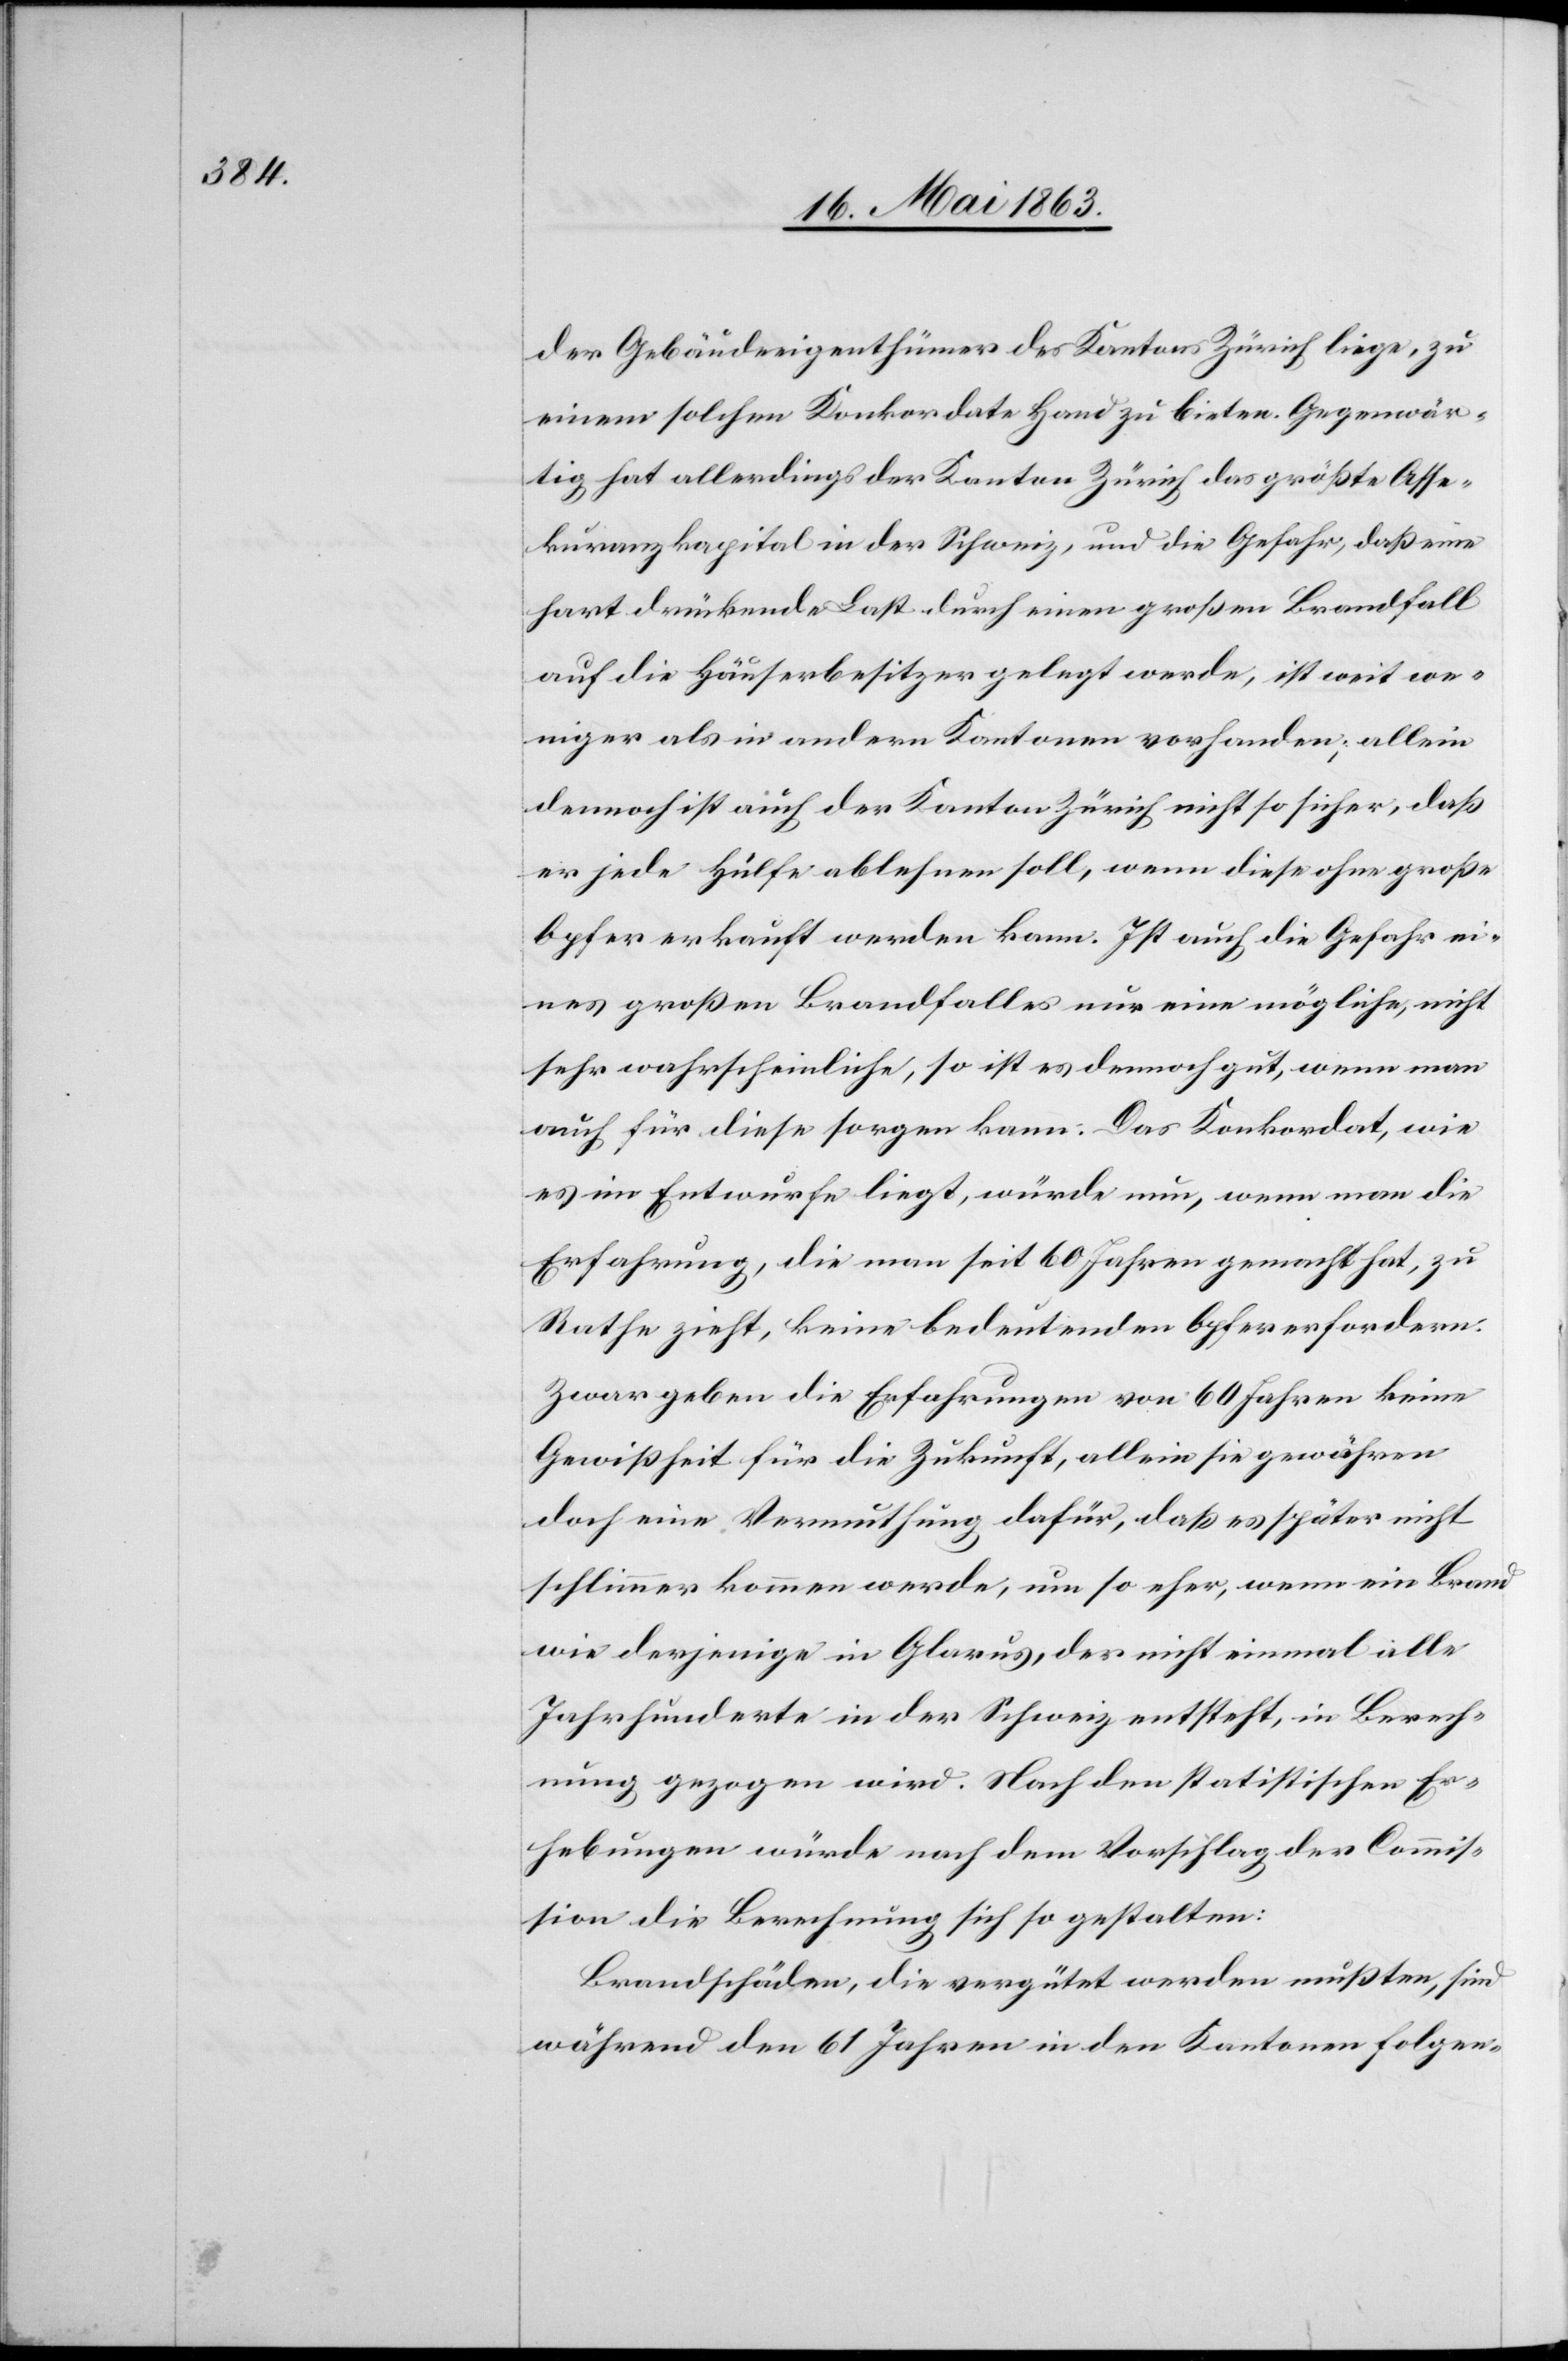
der Gebäudeeigenthümer des Kantons Zürich liege, zu
einem solchen Konkordate Hand zu bieten. Gegenwär¬
tig hat allerdings der Kanton Zürich das größte Asse¬
kuranzkapital in der Schweiz, und die Gefahr, daß eine
hart drückende Last durch einen großen Brandfall
auf die Häuserbesitzer gelegt werde, ist weit we¬
niger als in andern Kantonen vorhanden; allein
dennoch ist auch der Kanton Zürich nicht so sicher, daß
er jede Hülfe ablehnen soll, wenn diese ohne große
Opfer erkauft werden kann. Ist auch die Gefahr ei¬
nes großen Brandfalles nur eine mögliche, nicht
sehr wahrscheinliche, so ist es dennoch gut, wenn man
auch für diese sorgen kann. Das Konkordat, wie
es im Entwurfe liegt, würde nun, wenn man die
Erfahrung, die man seit 60 Jahren gemacht hat, zu
Rathe zieht, keine bedeutenden Opfer erfordern.
Zwar geben die Erfahrungen von 60 Jahren keine
Gewißheit für die Zukunft, allein sie gewähren
doch eine Vermuthung dafür, daß es später nicht
schlimmer kommen werde, um so eher, wenn ein Brand
wie derjenige in Glarus, der nicht einmal alle
Jahrhunderte in der Schweiz entsteht, in Berech¬
nung gezogen wird. Nach den statistischen Er¬
hebungen würde nach dem Vorschlag der Commis¬
sion die Berechnung sich so gestalten:
Brandschäden, die vergütet werden mußten, sind
während den 61 Jahren in den Kantonen folgen-